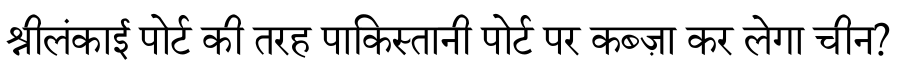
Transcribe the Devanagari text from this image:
श्रीलंकाई पोर्ट की तरह पाकिस्तानी पोर्ट पर कब्ज़ा कर लेगा चीन?